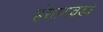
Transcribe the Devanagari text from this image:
हंसायवडा